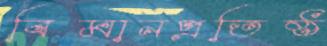
বিমানপ্রতিষ্ঠ